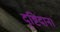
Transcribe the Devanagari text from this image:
दृष्टिदान।